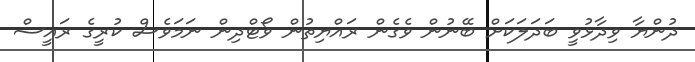
ދުންޔާ ވިދާޅުވީ ބަދަލަކަށް ބޭނުން ވެގެން ރައްޔިތުން ވޯޓްދިން ނަމަވެސް ކުރީގެ ރައީސް